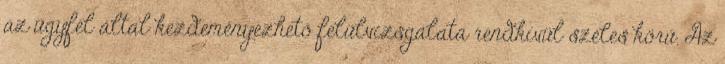
az ügyfél által kezdeményezhető felülvizsgálata rendkívül széles körű. Az